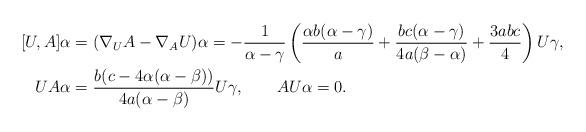
LaTeX: \begin{align*} [U,A]\alpha&=(\nabla_U A-\nabla_A U)\alpha=-\frac{1}{\alpha-\gamma}\left(\frac{\alpha b (\alpha -\gamma )}{a}+\frac{b c (\alpha -\gamma )}{4 a (\beta -\alpha )}+\frac{3 a b c}{4}\right)U\gamma,\\ UA\alpha&=\frac{b(c-4\alpha(\alpha-\beta))}{4a(\alpha-\beta)}U\gamma, \qquad AU\alpha=0. \end{align*}